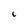
Character: 6